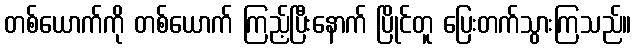
တစ်ယောက်ကို တစ်ယောက် ကြည့်ပြီးနောက် ပြိုင်တူ ပြေးတက်သွားကြသည်။